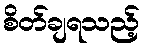
စိတ်ချရသည့်